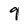
Character: 9